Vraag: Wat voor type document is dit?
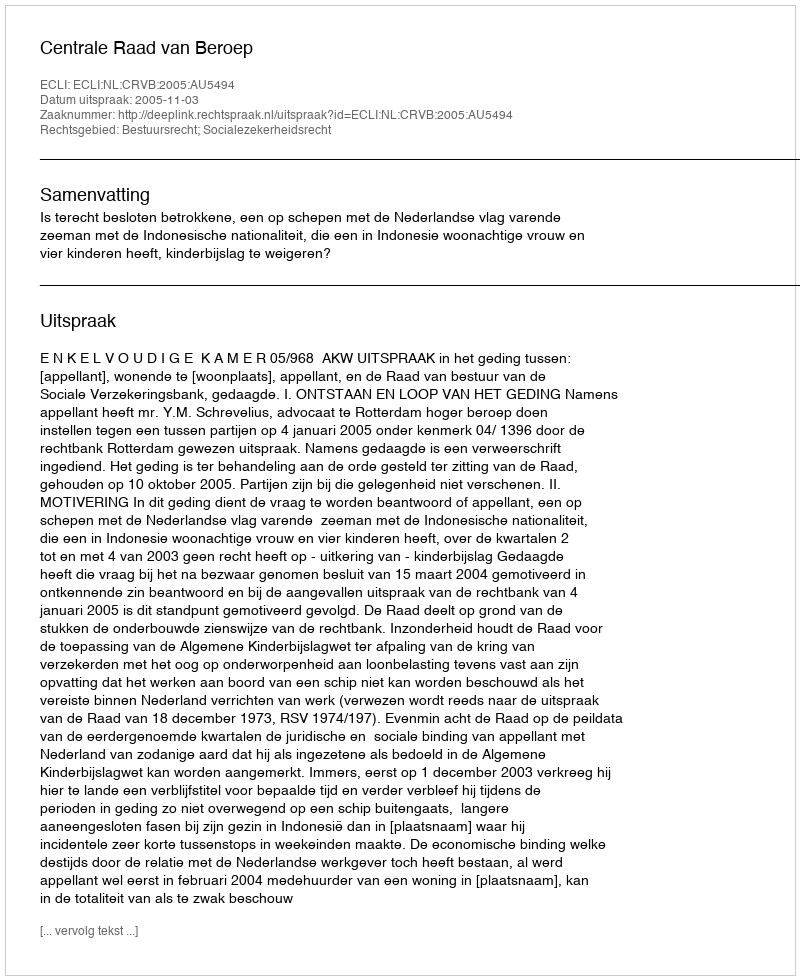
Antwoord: Uitspraak